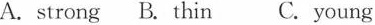
A. strong B. thin C. young